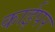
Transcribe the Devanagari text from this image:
काईपर